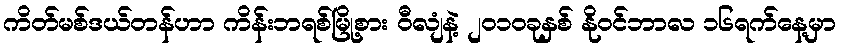
ကိတ်မစ်ဒယ်တန်ဟာ ကိန်းဘရစ်မြို့စား ဝီလျံနဲ့ ၂ဝ၁ဝခုနှစ် နိုဝင်ဘာလ ၁၆ရက်နေ့မှာ